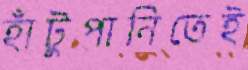
হাঁটুপানিতেই